Indian journal of veterinary science and animal husbandry - Volume 10,
Year: 1940
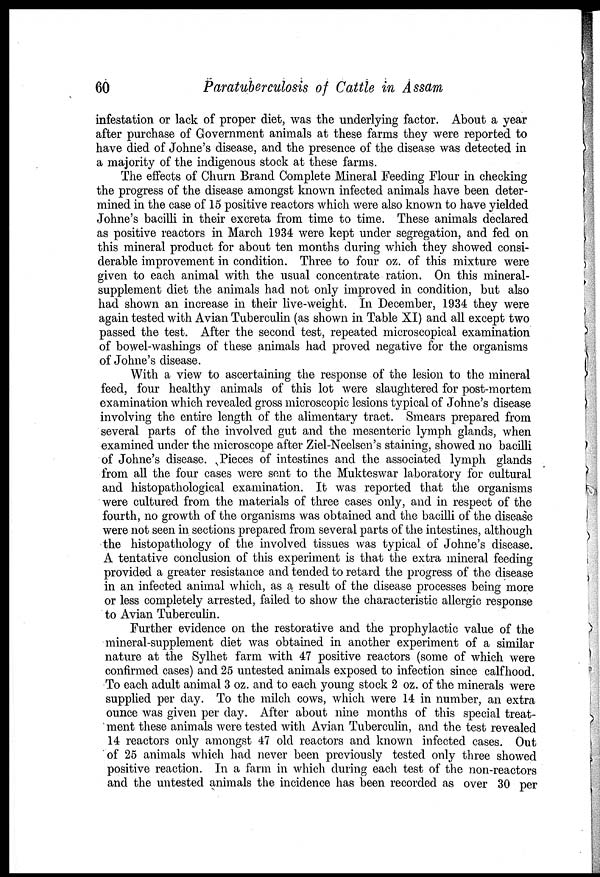
60
Paratuberculosis of Cattle in Assam
infestation or lack of proper diet, was the underlying factor. About a year
after purchase of Government animals at these farms they were reported to
have died of Johne's disease, and the presence of the disease was detected in
a majority of the indigenous stock at these farms.
The effects of Churn Brand Complete Mineral Feeding Flour in checking
the progress of the disease amongst known infected animals have been deter-
mined in the case of 15 positive reactors which were also known to have yielded
Johne's bacilli in their excreta from time to time. These animals declared
as positive reactors in March 1934 were kept under segregation, and fed on
this mineral product for about ten months during which they showed consi-
derable improvement in condition. Three to four oz. of this mixture were
given to each animal with the usual concentrate ration. On this mineral-
supplement diet the animals had not only improved in condition, but also
had shown an increase in their live-weight. In December, 1934 they were
again tested with Avian Tuberculin (as shown in Table XI) and all except two
passed the test. After the second test, repeated microscopical examination
of bowel-washings of these animals had proved negative for the organisms
of Johne's disease.
With a view to ascertaining the response of the lesion to the mineral
feed, four healthy animals of this lot were slaughtered for post-mortem
examination which revealed gross microscopic lesions typical of Johne's disease
involving the entire length of the alimentary tract. Smears prepared from
several parts of the involved gut and the mesenteric lymph glands, when
examined under the microscope after Ziel-Neelsen's staining, showed no bacilli
of Johne's disease. Pieces of intestines and the associated lymph glands
from all the four cases were sent to the Mukteswar laboratory for cultural
and histopathological examination. It was reported that the organisms
were cultured from the materials of three cases only, and in respect of the
fourth, no growth of the organisms was obtained and the bacilli of the disease
were not seen in sections prepared from several parts of the intestines, although
the histopathology of the involved tissues was typical of Johne's disease.
A tentative conclusion of this experiment is that the extra mineral feeding
provided a greater resistance and tended to retard the progress of the disease
in an infected animal which, as a result of the disease processes being more
or less completely arrested, failed to show the characteristic allergic response
to Avian Tuberculin.
Further evidence on the restorative and the prophylactic value of the
mineral-supplement diet was obtained in another experiment of a similar
nature at the Sylhet farm with 47 positive reactors (some of which were
confirmed cases) and 25 untested animals exposed to infection since calfhood.
To each adult animal 3 oz. and to each young stock 2 oz. of the minerals were
supplied per day. To the milch cows, which were 14 in number, an extra
ounce was given per day. After about nine months of this special treat-
ment these animals were tested with Avian Tuberculin, and the test revealed
14 reactors only amongst 47 old reactors and known infected cases. Out
of 25 animals which had never been previously tested only three showed
positive reaction. In a farm in which during each test of the non-reactors
and the untested animals the incidence has been recorded as over 30 per